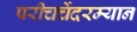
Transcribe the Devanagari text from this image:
परीचर्चेदरम्यान